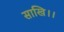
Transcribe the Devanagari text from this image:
साखि।।